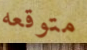
متوقعه